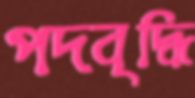
পদবৃদ্ধি